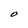
Character: O